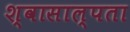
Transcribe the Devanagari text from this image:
श्वासाल्पता